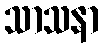
သာသနာ